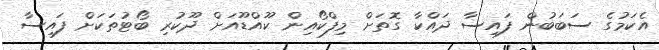
އެކަމުގެ ސަބަބުން ފައިސާ ދައްކާ ގޮތަށް މިފްކޯއިން ކޫއްޑޫއަށް ދޫކުރި ބޯޓުތަކަށް ފައިސާ